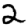
Digit: 2